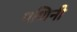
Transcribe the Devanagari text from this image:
गणिनी